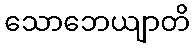
သောဘေယျာတိ